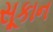
સૂકાન